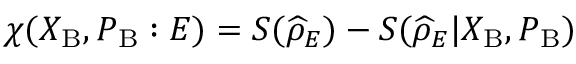
\chi ( X _ { \mathrm { B } } , P _ { \mathrm { B } } : E ) = S ( \widehat { \rho } _ { E } ) - S ( \widehat { \rho } _ { E } | X _ { \mathrm { B } } , P _ { \mathrm { B } } )